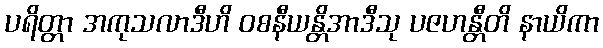
ပရိတ္တာ အကုသလာဒီဟိ ဝစနီယန္တိအာဒီသု ပဇဟန္တီတိ နာယိကာ